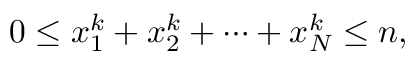
0 \leq x _ { 1 } ^ { k } + x _ { 2 } ^ { k } + \cdots + x _ { N } ^ { k } \leq n ,